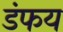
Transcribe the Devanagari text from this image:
डंफय